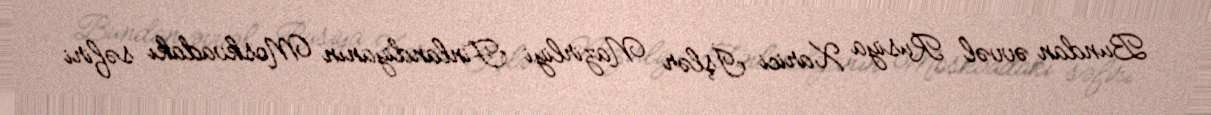
Bundan əvvəl Rusiya Xarici İşlər Nazirliyi Finlandiyanın Moskvadakı səfiri